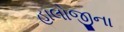
હાલોજીના